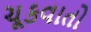
ચૂકવાતો